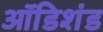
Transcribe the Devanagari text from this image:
ऑडिशंड